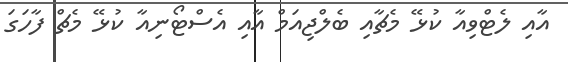
އާއި ލެޓްވިއާ ކުޅޭ މެޗާއި ބެލްޖިއަމް އާއި އެސްޓޯނިއާ ކުޅޭ މެޗް ފާހަގަ